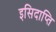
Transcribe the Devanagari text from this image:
इसिदाप्ति